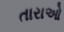
તારાઓ